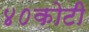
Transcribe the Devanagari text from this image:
४०कोटी